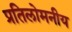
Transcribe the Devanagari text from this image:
प्रतिलोमनीय